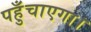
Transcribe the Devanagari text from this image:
पहुँचाएगा।